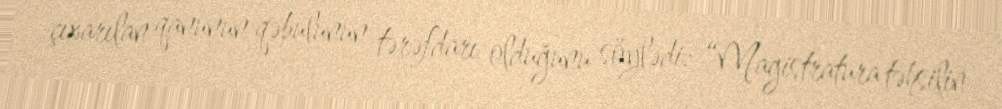
çıxarılan qanunun qəbulunun tərəfdarı olduğunu söylədi: “Magistratura təhsilin